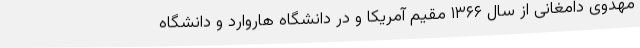
مهدوی دامغانی از سال ۱۳۶۶ مقیم آمریکا و در دانشگاه هاروارد و دانشگاه